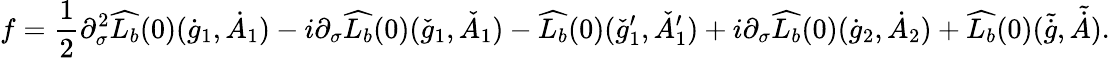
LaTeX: f=\frac{1}{2}\partial_{\sigma}^{2}\widehat{L_{b}}(0)(\dot{g}_{1},\dot{A}_{1})-i\partial_{\sigma}\widehat{L_{b}}(0)(\check{g}_{1},\check{A}_{1})-\widehat{L_{b}}(0)(\check{g}_{1}^{\prime},\check{A}_{1}^{\prime})+i\partial_{\sigma}\widehat{L_{b}}(0)(\dot{g}_{2},\dot{A}_{2})+\widehat{L_{b}}(0)(\tilde{\dot{g}},\tilde{\dot{A}}).